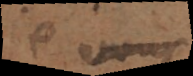
Je vous